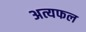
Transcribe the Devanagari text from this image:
अत्यफल